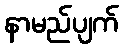
နာမည်ပျက်